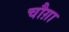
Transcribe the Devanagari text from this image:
चौग़ा